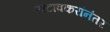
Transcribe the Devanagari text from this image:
खटावकरांनंतर